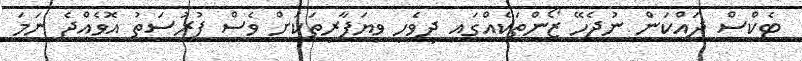
ޓެކްސް ދައްކަން ނުޖެހޭ ޒޯންތަކެއްގައި ދިވެހި ވިޔަފާރިތަކަށް ވެސް ފުރުސަތު އޮވެއްޖެ ނަމަ